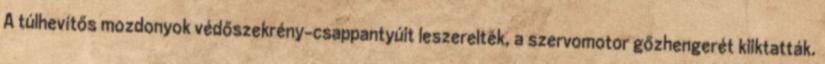
A túlhevítős mozdonyok védőszekrény-csappantyúit leszerelték, a szervomotor gőzhengerét kiiktatták.